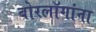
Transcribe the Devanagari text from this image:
बोरलॉगांना